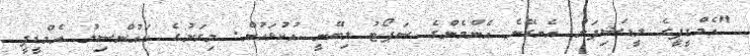
"އެމްޑީޕީގެ ލީޑަޝިޕަށް އެނގޭނެ އެންމެންގެ ސަޕޯޓު ލިބޭނީ އުކުޅަހުން. މިރަށުގެ ކައުންސިލު އެމްޑީޕީ